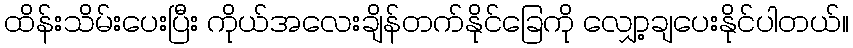
ထိန်းသိမ်းပေးပြီး ကိုယ်အလေးချိန်တက်နိုင်ခြေကို လျှော့ချပေးနိုင်ပါတယ်။